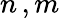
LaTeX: n\, ,m